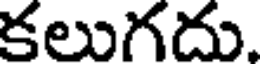
కలుగదు.